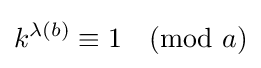
k^{\lambda (b)}\equiv 1{\pmod {a}}